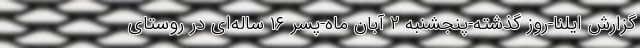
گزارش ایلنا-روز گذشته-پنجشنبه ۲ آبان ماه-پسر ۱۶ ساله‌ای در روستای